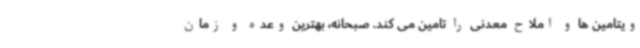
ویتامین ها و املاح معدنی را تامین می کند. صبحانه، بهترین وعده و زمان